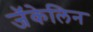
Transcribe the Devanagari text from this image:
जॅकेलिन